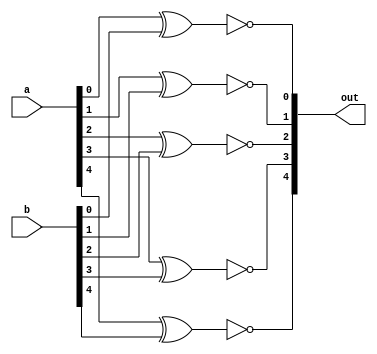
module xnor_5(out,a,b);
	input[4:0] a,b;
	output[4:0] out;
	xnor x1(out[0],a[0],b[0]);
	xnor x2(out[1],a[1],b[1]);
	xnor x3(out[2],a[2],b[2]);
	xnor x4(out[3],a[3],b[3]);
	xnor x5(out[4],a[4],b[4]);
endmodule